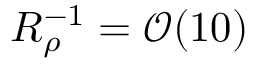
R _ { \rho } ^ { - 1 } = \mathcal { O } ( 1 0 )